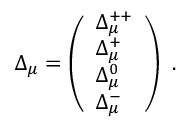
\Delta _ { \mu } = \left( \begin{array} { l } { { \Delta _ { \mu } ^ { + + } } } \\ { { \Delta _ { \mu } ^ { + } } } \\ { { \Delta _ { \mu } ^ { 0 } } } \\ { { \Delta _ { \mu } ^ { - } } } \end{array} \right) \ .